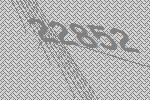
22852